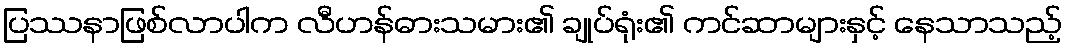
ပြဿနာဖြစ်လာပါက လီဟန်ဓားသမား၏ ချုပ်ရုံး၏ ကင်ဆာများနှင့် နေသာသည့်